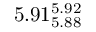
5 . 9 1 _ { 5 . 8 8 } ^ { 5 . 9 2 }